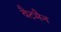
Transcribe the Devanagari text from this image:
वैटमैन